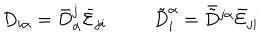
\begin{array} { c c } { { D _ { i \alpha } = \bar { D } _ { \alpha } ^ { j } \bar { \cal E } _ { j i } } } & { { \tilde { D } _ { i } ^ { \alpha } = \bar { \tilde { D } } { } ^ { j \alpha } \bar { \cal E } _ { j i } } } \\ \end{array}